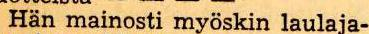
Hän mainosti myöskin laulaja-